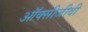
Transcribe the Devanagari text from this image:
ऑक्सीजीवी